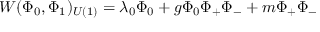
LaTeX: W ( \Phi _ { 0 } , \Phi _ { 1 } ) _ { U ( 1 ) } = \lambda _ { 0 } \Phi _ { 0 } + g \Phi _ { 0 } \Phi _ { + } \Phi _ { - } + m \Phi _ { + } \Phi _ { - }